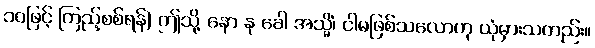
၁၀ဖြင့် ကြည့်စစ်ရန်) ဤသို့ နော နု ခေါ အသ္မိံ၊ ငါမဖြစ်သလောဟု ယုံမှားသတည်း။